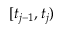
[ t _ { j - 1 } , t _ { j } )